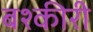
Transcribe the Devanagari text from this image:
बश्कीरी